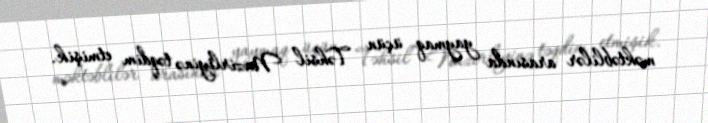
məktəblilər arasında yaymaq üçün Təhsil Nazirliyinə təqdim etmişik.